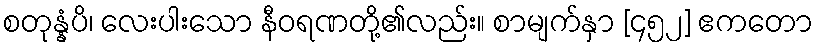
စတုန္နံပိ၊ လေးပါးသော နီဝရဏတို့၏လည်း။ စာမျက်နှာ [၄၅၂] ဧကတော